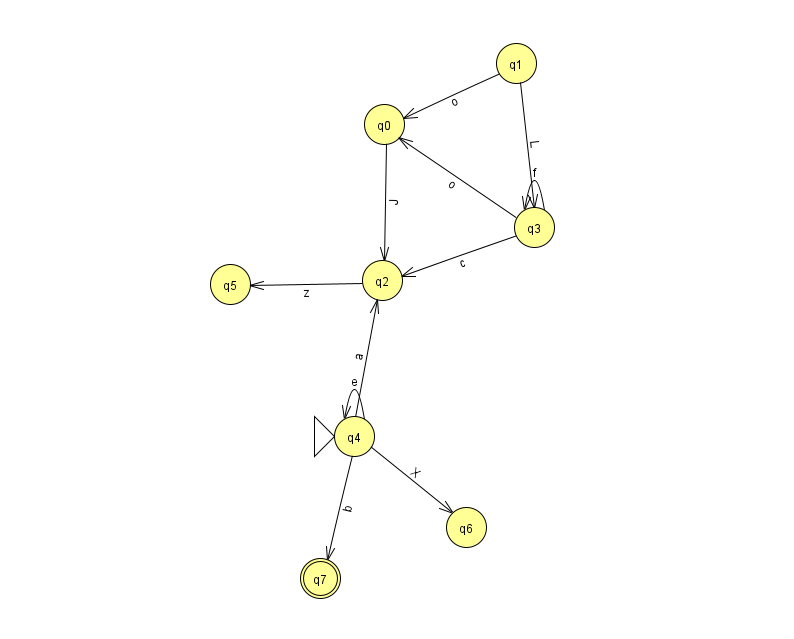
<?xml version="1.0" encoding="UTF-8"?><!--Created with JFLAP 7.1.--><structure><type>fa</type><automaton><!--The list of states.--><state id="0" name="q0"><x>384.0</x><y>111.0</y></state><state id="1" name="q1"><x>516.0</x><y>50.0</y></state><state id="2" name="q2"><x>382.0</x><y>267.0</y></state><state id="3" name="q3"><x>534.0</x><y>214.0</y></state><state id="4" name="q4"><x>354.0</x><y>423.0</y><initial/></state><state id="5" name="q5"><x>230.0</x><y>271.0</y></state><state id="6" name="q6"><x>466.0</x><y>514.0</y></state><state id="7" name="q7"><x>320.0</x><y>565.0</y><final/></state><!--The list of transitions.--><transition><from>3</from><to>0</to><read>o</read></transition><transition><from>1</from><to>3</to><read>L</read></transition><transition><from>4</from><to>4</to><read>e</read></transition><transition><from>3</from><to>3</to><read>f</read></transition><transition><from>4</from><to>6</to><read>X</read></transition><transition><from>1</from><to>0</to><read>o</read></transition><transition><from>4</from><to>2</to><read>a</read></transition><transition><from>3</from><to>2</to><read>c</read></transition><transition><from>4</from><to>7</to><read>b</read></transition><transition><from>0</from><to>2</to><read>J</read></transition><transition><from>2</from><to>5</to><read>z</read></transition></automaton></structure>